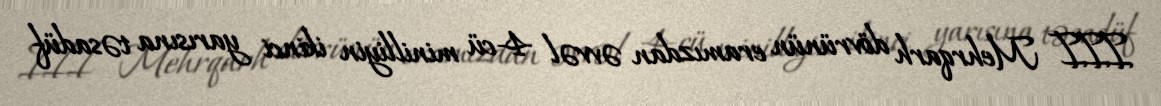
III Mehrqarh dövrünün eramızdan əvvəl 4-cü minilliyin ikinci yarısına təsadüf